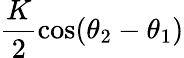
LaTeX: \frac{K}{2}\cos(\theta_{2}-\theta_{1})